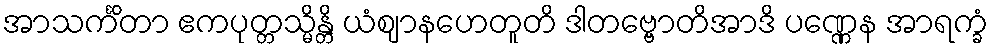
အာသင်္ကိတာ ဧကပုတ္တသ္မိန္တိ ယံဈာနဟေတူတိ ဒါတဗ္ဗောတိအာဒိ ပဏ္ဏေန အာရက္ခံ